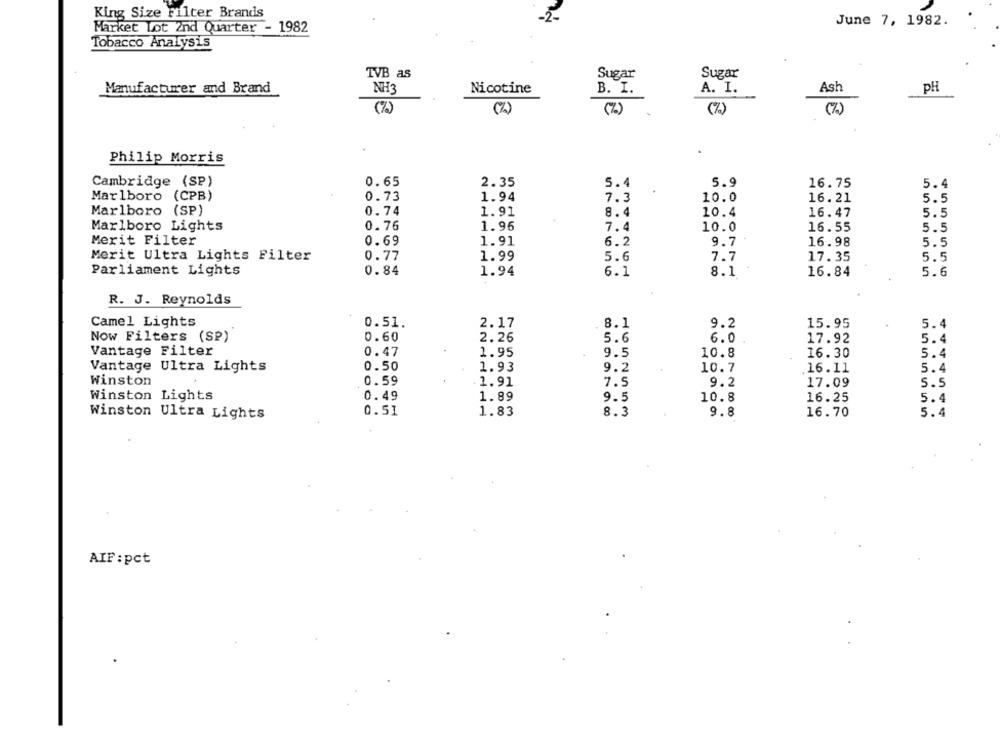
King Size Filter Brands
-2-
June 7, 1982.
Market Lot 2nd Quarter - 1982
Tobacco Analysis
TVB as
Sugar
Sugar
Manufacturer and Brand
NHs
Nicotine
B. I.
A. I.
Ash
PH
(%)
(%)
(%)
(%)
Philip Morris
Cambridge (SP)
0.65
2.35
5.4
5.9
16.75
5.4
Marlboro (CPB)
0.73
1.94
7.3
10.0
16. 21
5.5
0. 74
Marlboro (SP)
1.91
8.4
10.4
16.47
5.5
0.76
1.96
Marlboro Lights
7.4
10.0
16.55
5.5
Merit Filter
0.69
1.91
6.2
9.7
16.98
5.5
Merit Ultra Lights Filter
0.77
1.99
5.6
7.7
17. 35
5.5
0. 84
Parliament Lights
1.94
6.1
8.1
16.84
5.6
R. J. Reynolds
Camel Lights
8.1
15.95
0.51
2.17
9.2
5.4
Now Filters (SP)
0.60
2.26
5.4
5.6
6.0
17.92
Vantage Filter
0.47
1.95
9.5
10.8
16.30
5.4
Vantage Ultra Lights
0.50
1.93
9.2
10.7
5.4
16.11
Winston
0.59
1.91
7.5
9.2
17.09
5.5
Winston Lights
0.49
1.89
9.5
10.8
16.25
5.4
0.51
1.83
8.3
9.8
16.70
5.4
Winston Ultra Lights
AIF:pct